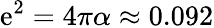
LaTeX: \mathrm{e}^{2}=4\pi\alpha\approx0.092